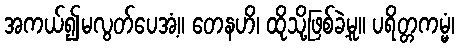
အကယ်၍မလွတ်ပေအံ့။ တေနဟိ၊ ထိုသို့ဖြစ်ခဲ့မူ။ ပရိတ္တကမ္မံ၊